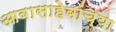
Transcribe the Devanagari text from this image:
आबासाहेबांच्या